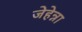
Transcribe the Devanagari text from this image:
जेहेन्ना